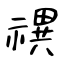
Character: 禩